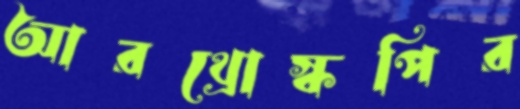
আরথ্রোস্কপির